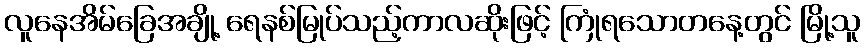
လူနေအိမ်ခြေအချို့ ရေနစ်မြုပ်သည့်ကာလဆိုးဖြင့် ကြုံရသောတနေ့တွင် မြို့သူ